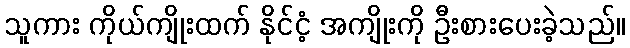
သူကား ကိုယ်ကျိုးထက် နိုင်ငံ့ အကျိုးကို ဦးစားပေးခဲ့သည်။